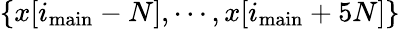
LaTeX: \{ x[i_{\mathrm{main}}-N],\cdots,x[i_{\mathrm{main}}+5N]\}